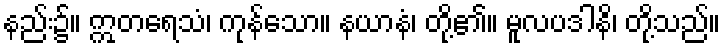
နည်း၌။ ဣတရေသံ၊ ကုန်သော။ နယာနံ၊ တို့၏။ မူလပဒါနိ၊ တို့သည်။